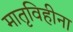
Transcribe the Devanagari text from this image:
मातृविहीना